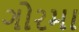
ગોરમા